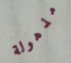
مذهولة